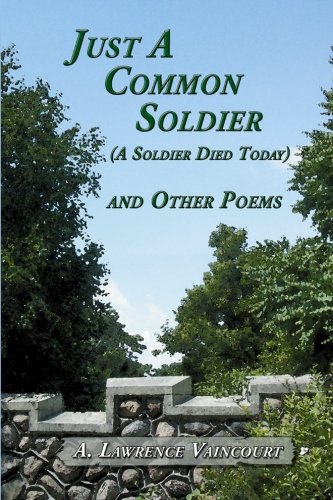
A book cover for Just A Common Soldier (A Soldier Died Today) and Other Poems; A. Lawrence Vaincourt; Humor & Entertainment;